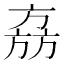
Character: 𬀉